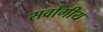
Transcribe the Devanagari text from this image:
सर्वांगीय